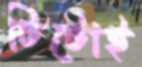
টিটোই